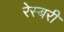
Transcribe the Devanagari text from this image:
रेस्बरी